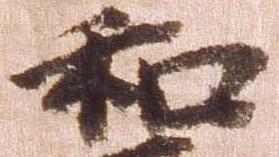
和